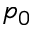
p _ { 0 }